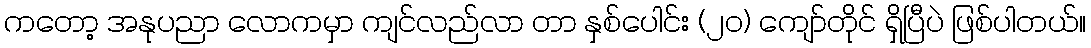
ကတော့ အနုပညာ လောကမှာ ကျင်လည်လာ တာ နှစ်ပေါင်း (၂၀) ကျော်တိုင် ရှိပြီပဲ ဖြစ်ပါတယ်။